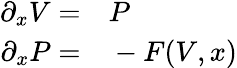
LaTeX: \begin{array}{rl}{\partial_{x}V=}&{{}P}\\ {\partial_{x}P=}&{{}-F(V,x)}\end{array}